Black-water fever - Number 35
Disease focus: Fever
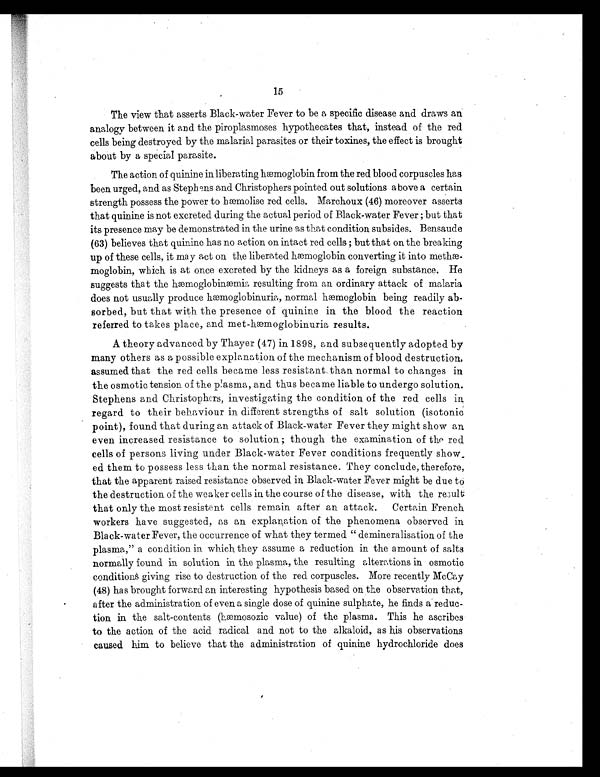
15
The view that asserts Black-water Fever to be a specific disease and draws an
analogy between it and the piroplasmoses hypothecates that, instead of the red
cells being destroyed by the malarial parasites or their toxines, the effect is brought
about by a special parasite.
The act i on of qui ni ne i n l i ber at i ng hæmogl obi n f r om t he r ed bl ood cor puscl es has
been urged, and as Stephens and Christophers pointed out solutions above a certain
strength possess the power to hæmolise red cells. Marchoux (46) moreover asserts
that quinine is not excreted during the actual period of Black-water Fever ; but that
its presence may be demonstrated in the urine as that condition subsides. Bensaude
(63) believes that quinine has no action on intact red cells ; but that on the breaking
up of these cells, it may act on the liberated hæmoglobin converting it into meth
æ - m o g l o b i n , w h i c h i s a t o n c e e x c r e t e d b y t h e k i d n e y s a s a f o r e i g n s u b s t a n c e . H e
suggest s t hat t he haemogl obi næmi a r esul t i ng f r om an or di nar y at t ack of mal ar i a
does not usually produce hæmoglobinuria, normal haemoglobin being readily ab
-sorbed, but that with the presence of quinine in. the blood the reaction
referred to takes pl ace, and met-hæmogl obi nur-a resul ts.
A theory advanced by Thayer (47) in 1898, and subsequently adopted by
many others as a possible explanation of the mechanism of blood destruction,
assumed that the red cells became less resistant than normal to changes in
the osmotic tension of the plasma, and thus became liable to undergo solution.
Stephens and Christophers, investigating the condition of the red cells in
regard to their behaviour in different strengths of salt solution (isotonic
point), found that during an attack of Black-water Fever they might show an
even increased resistance to solution ; though the examination of tho red
cells of persons living under Black-water Fever conditions frequently show
ed them to possess less than the normal resistance. They conclude, therefore,
that the apparent raised resistance observed in Black-water Fever might be due to
the destruction of the weaker cells in the course of the disease, with the result
that only the most resistent cells remain after an attack. Certain French
workers have suggested, as an explanation of the phenomena observed in
Black-water Fever, the occurrence of what they termed " demineralisation of the
plasma," a condition in which they assume a reduction in the amount of salts
normally found in solution in the plasma, the resulting alterations in osmotic
conditions giving rise to destruction of the red corpuscles. More recently McCay
(48) has brought forward an interesting hypothesis based on the observation that,
after the administration of even a single dose of quinine sulphate, he finds a reduc
- t i on i n t he sal t - cont ent s ( hæmosozi c val ue) of t he pl asma. Thi s he ascr i bes
to the action of the acid radical and not to the alkaloid, as his observations
caused him to believe that the administration of quinine hydrochloride does